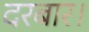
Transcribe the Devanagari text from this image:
दरबार।